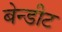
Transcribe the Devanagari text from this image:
बेन्डीट